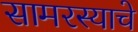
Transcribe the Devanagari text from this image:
सामरस्याचे